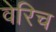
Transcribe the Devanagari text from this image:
वेरिच